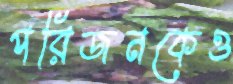
পরিজনকেও